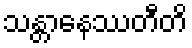
သန္တာနေဿတီတိ